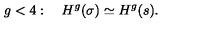
g < 4 : \quad H ^ { g } ( \sigma ) \simeq H ^ { g } ( s ) .